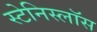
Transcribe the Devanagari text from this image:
स्टेनिस्लॉस